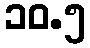
၁၀.၅